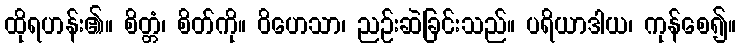
ထိုရဟန်း၏။ စိတ္တံ၊ စိတ်ကို။ ဝိဟေသာ၊ ညဉ်းဆဲခြင်းသည်။ ပရိယာဒါယ၊ ကုန်စေ၍။